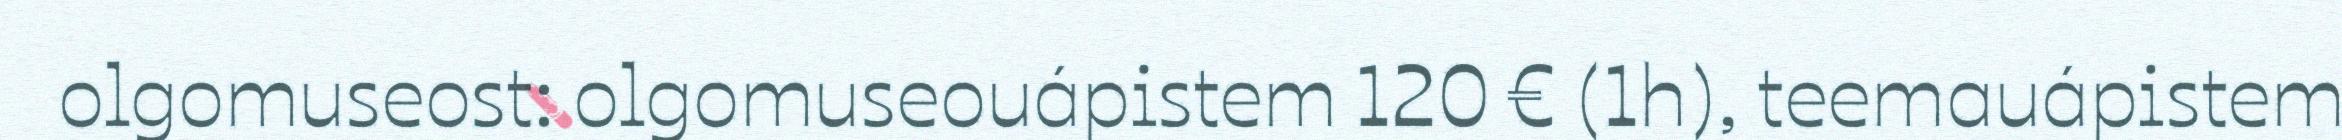
olgomuseost: olgomuseouápistem 120 € (1h), teemauápistem